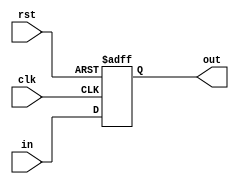
module SYNCH (
    input clk,
	input rst,
    input signed [DWIDTH-1:0] in,
    output signed [DWIDTH-1:0] out
);

parameter DWIDTH = 16;

reg signed [DWIDTH-1:0] data;
assign out = data;

always @(posedge clk or posedge rst) begin
	if(rst)
		data <= 0;
	else
		data <= in;	
end

endmodule